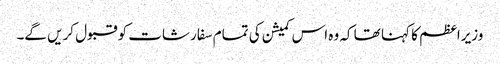
وزیراعظم کا کہنا تھا کہ وہ اس کمیشن کی تمام سفارشات کو قبول کریں گے۔